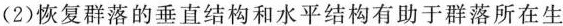
(2)恢复群落的垂直结构和水平结构有助于群落所在生